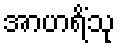
အာဟရိံသု